Reports on dispensaries and lunatic asylums in the Province of Oudh - 1869-1876
Year: 1869
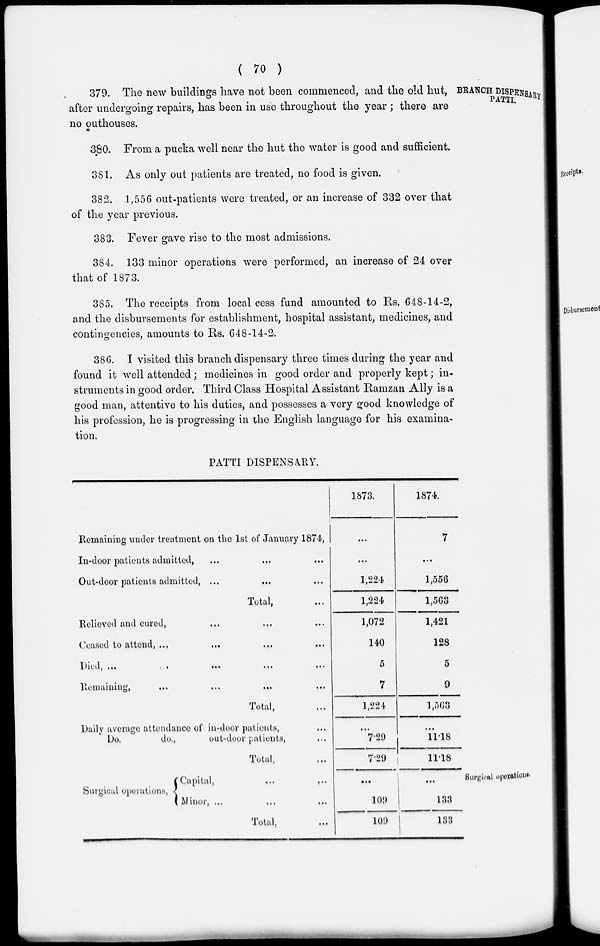
( 70 )
BRANCH DISPENSARY
PATTI.
379. The new buildings have not been commenced, and the old hut,
after undergoing repairs, has been in use throughout the year ; there are
no outhouses.
380. From a pucka well near the hut the water is good and sufficient.
381. As only out patients are treated, no food is given.
382. 1,556 out-patients were treated, or an increase of 332 over that
of the year previous.
383. Fever gave rise to the most admissions.
384. 133 minor operations were performed, an increase of 24 over
that of 1873.
385. The receipts from local cess fund amounted to Rs. 648-14-2,
and the disbursements for establishment, hospital assistant, medicines, and
contingencies, amounts to Rs. 648-14-2.
386. I visited this branch dispensary three times during the year and
found it well attended; medicines in good order and properly kept; in-
struments in good order. Third Class Hospital Assistant Ramzan Ally is a
good man, attentive to his duties, and possesses a very good knowledge of
his profession, he is progressing in the English language for his examina-
tion.
PATTI DISPENSARY.
Remaining under treatment on the 1st of January 1874,
In-door patients admitted, ... ... ...
Out-door patients admitted, ... ... ...
Total, ...
Relieved and cured, ... ... ...
Ceased to attend,
...
...
...
Died
...
...
...
Remaining, ... ... ... ...
Total, ...
Daily average attendance of in-door patients, ...
Do.
do.,
out-door patients, ...
Total, ...
1873.
...
...
1,224
1,224
1,072
140
5
7
1,224
...
7.29
7.29
1874.
7
...
1,556
1,563
1,421
128
5
9
1,563
...
11.18
11.18
Surgical operations.
Surgical operations,
Capital,
...
...
Minor, ... ... ...
Total, ...
...
109
109
...
133
133